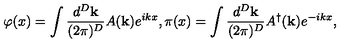
\varphi ( x ) = \int \frac { d ^ { D } \mathbf { k } } { ( 2 \pi ) ^ { D } } A ( \mathbf { k } ) e ^ { i k x } , \pi ( x ) = \int \frac { d ^ { D } \mathbf { k } } { ( 2 \pi ) ^ { D } } A ^ { \dagger } ( \mathbf { k } ) e ^ { - i k x } ,